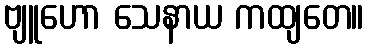
ဗျူဟော သေနာယ ကထျတေ။